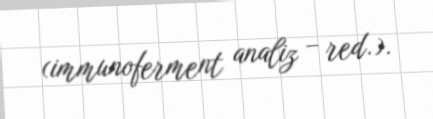
(immunoferment analiz – red.).